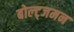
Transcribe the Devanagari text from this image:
बोल्ट्जमन